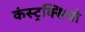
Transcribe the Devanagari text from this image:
कंस्ट्रक्सियो